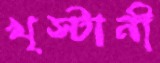
খৃস্টানী